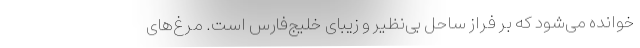
خوانده می‌شود که بر فراز ساحل بی‌نظیر و زیبای خلیج‌فارس است. مرغ‌های